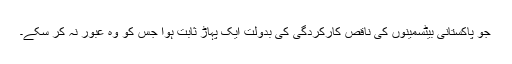
جو پاکستانی بیٹسمینوں کی ناقص کارکردگی کی بدولت ایک پہاڑ ثابت ہوا جس کو وہ عبور نہ کر سکے۔